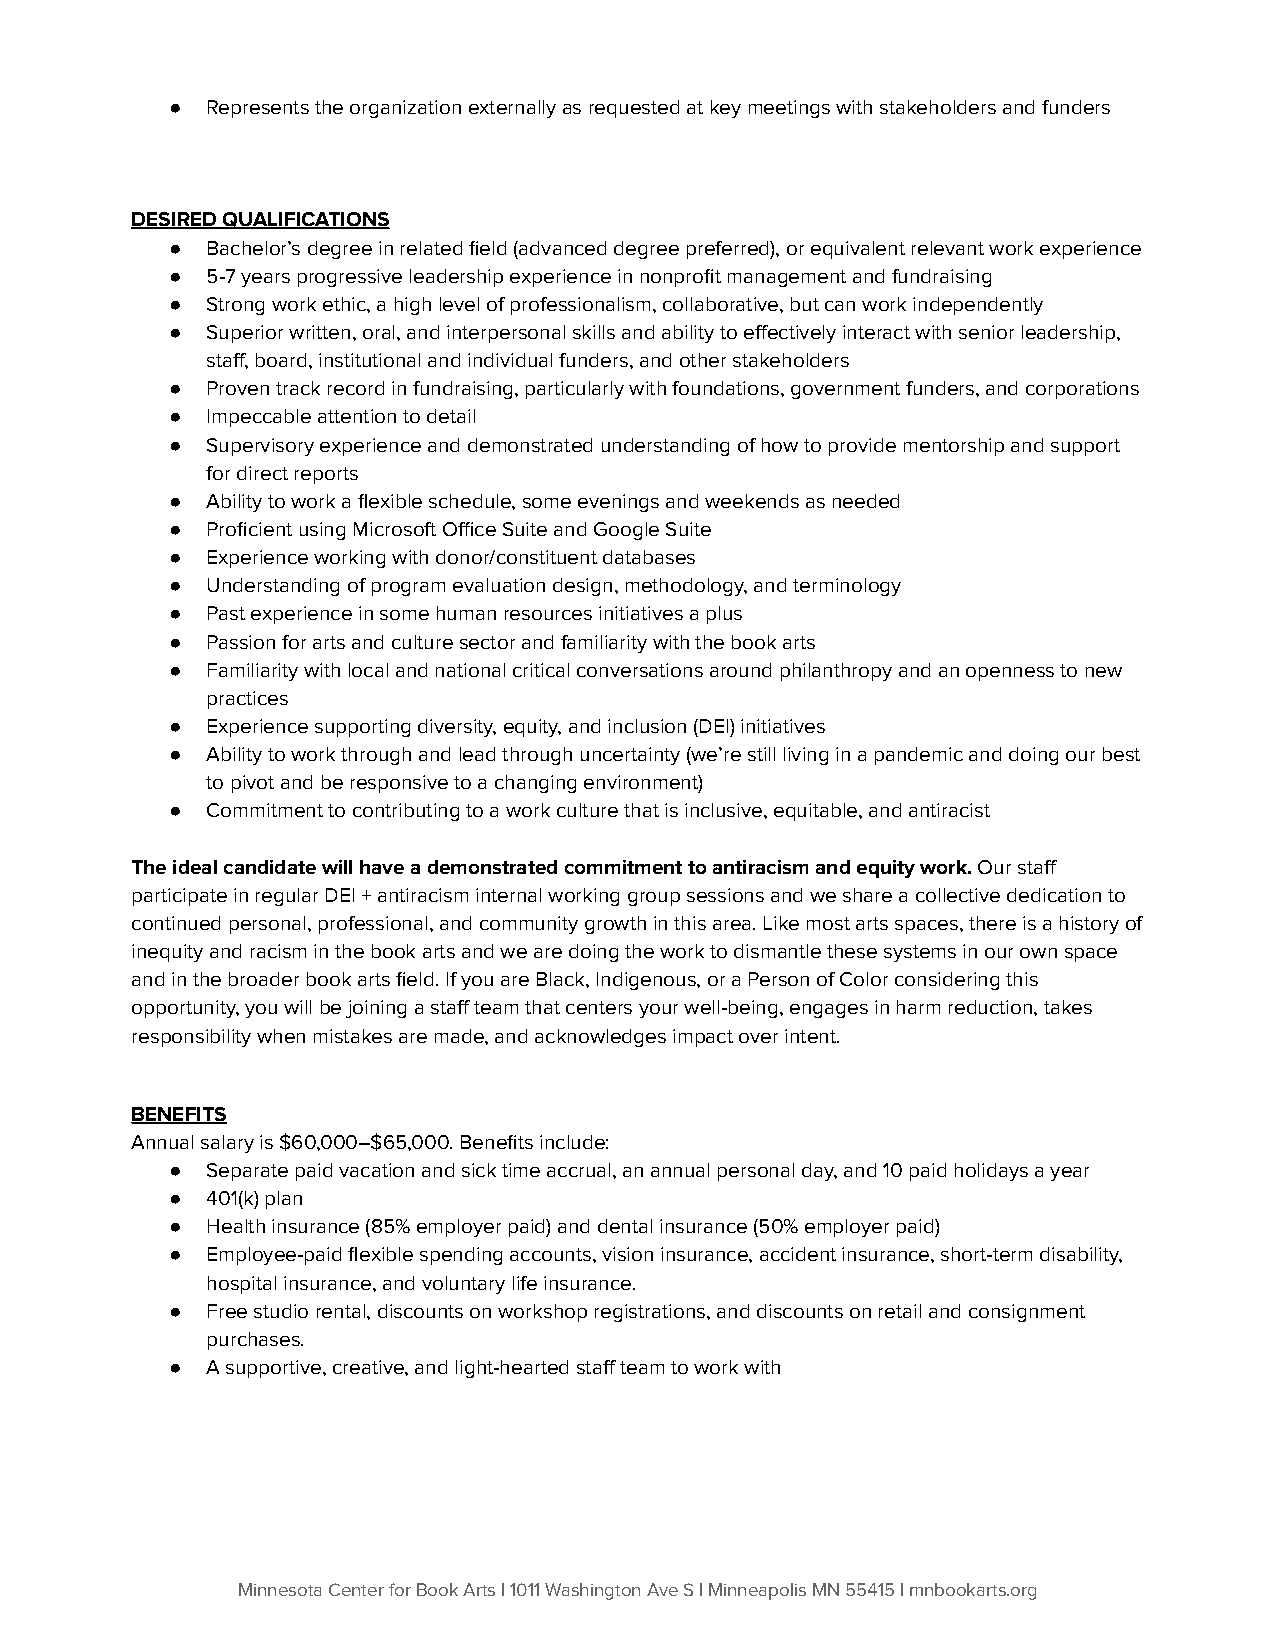
●  Represents the organization externally as requested at key meetings with stakeholders and funders
 DESIRED QUALIFICATIONS
 ●  Bachelor’s degree in related field (advanced degree preferred), or equivalent relevant work experience
 ●  5-7 years progressive leadership experience in nonprofit management and fundraising
 ●  Strong work ethic, a high level of professionalism, collaborative, but can work independently
 ●  Superiorwritten, oral, and interpersonal skills andability to effectively interact with senior leadership,
 staff, board, institutional and individual funders, and other stakeholders
 ●  Proven track record in fundraising, particularly with foundations, government funders, and corporations
 ●  Impeccable attention to detail
 ●  Supervisory experience and demonstrated understanding of how to provide mentorship and support
 for direct reports
 ●  Ability to work a flexible schedule, some evenings and weekends as needed
 ●  Proficient using Microsoft Office Suite and Google Suite
 ●  Experience working with donor/constituent databases
 ●  Understanding of program evaluation design, methodology, and terminology
 ●  Past experience in some human resources initiatives a plus
 ●  Passion for arts and culture sector and familiarity with the book arts
 ●  Familiarity with local and national critical conversations around philanthropy and an openness to new
 practices
 ●  Experience supporting diversity, equity, and inclusion (DEI) initiatives
 ●  Ability to work through and lead through uncertainty (we’re still living in a pandemic and doing our best
 to pivot and be responsive to a changing environment)
 ●  Commitment to contributing to a work culture that is inclusive, equitable, and antiracist
 The ideal candidate will have a demonstrated commitment to antiracism and equity work.Our staff
 participate in regular DEI + antiracism internal working group sessions and we share a collective dedication to
 continued personal, professional, and community growth in this area. Like most arts spaces, there is a history of
 inequity and racism in the book arts and we are doing the work to dismantle these systems in our own space
 and in the broader book arts field. If you are Black, Indigenous, or a Person of Color considering this
 opportunity, you will be joining a staff team that centers your well-being, engages in harm reduction, takes
 responsibility when mistakes are made, and acknowledges impact over intent.
 BENEFITS
 Annual salary is$60,000–$65,000.Benefits include:
 ●  Separate paid vacation and sick time accrual, an annual personal day, and 10 paid holidays a year
 ●  401(k) plan
 ●  Health insurance (85% employer paid) and dental insurance (50% employer paid)
 ●  Employee-paid flexible spending accounts, vision insurance, accident insurance, short-term disability,
 hospital insurance, and voluntary life insurance.
 ●  Free studio rental, discounts on workshop registrations, and discounts on retail and consignment
 purchases.
 ●  A supportive, creative, and light-hearted staff team to work with
 Minnesota Center for Book Arts | 1011 Washington Ave S | Minneapolis MN 55415 | mnbookarts.org